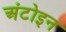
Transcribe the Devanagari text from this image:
अंटोइन